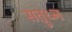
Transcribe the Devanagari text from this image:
सत्रुध्न